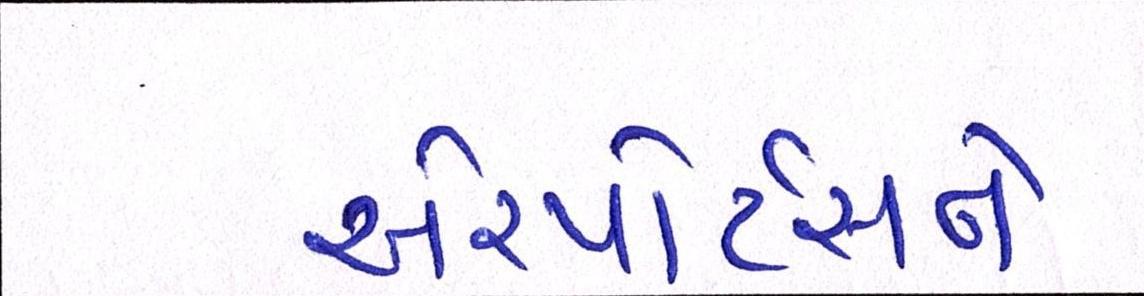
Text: એરપોર્ટ્સને